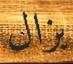
يزال